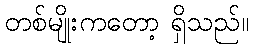
တစ်မျိုးကတော့ ရှိသည်။